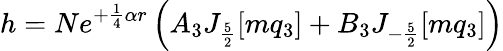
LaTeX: h=Ne^{+\frac{1}{4}\alpha r}\left(A_{3}J_{\frac{5}{2}}[mq_{3}]+B_{3}J_{-\frac{5}{2}}[mq_{3}]\right)